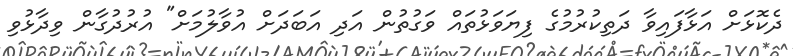
ދެކޮޅަށް އަޅާފައިވާ ދަތިކުރުމުގެ ފިޔަވަޅުތައް ވަގުތުން އަދި އަބަދަށް އުވާލުމަށް" އުރުދުގާން ވިދާޅުވި